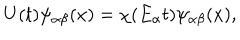
U ( t ) \psi _ { \alpha \beta } ( x ) = \chi ( E _ { \alpha } t ) \psi _ { \alpha \beta } ( x ) ,